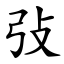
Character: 㢭